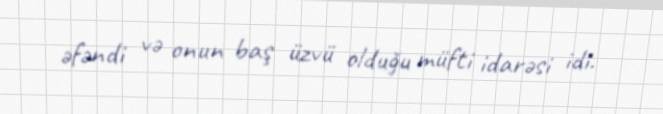
əfəndi və onun baş üzvü olduğu müfti idarəsi idi.